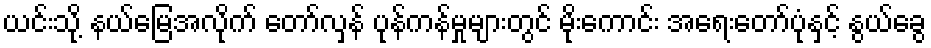
ယင်းသို့ နယ်မြေအလိုက် တော်လှန် ပုန်ကန်မှုများတွင် မိုးကောင်း အရေးတော်ပုံနှင့် နွယ်ခွေ